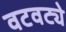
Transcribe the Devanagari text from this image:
वटवट्ये